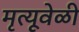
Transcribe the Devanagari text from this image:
मृत्यूवेळी